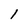
Character: l